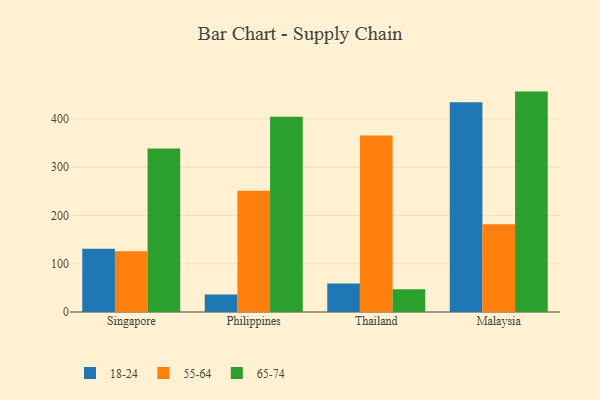
{"axis": {"x": "Country", "y": "Operating Costs (USD K)"}, "legend": ["18-24", "55-64", "65-74"], "data": [{"x": "Singapore", "y": 131.1, "type": "18-24"}, {"x": "Singapore", "y": 125.9, "type": "55-64"}, {"x": "Singapore", "y": 338.7, "type": "65-74"}, {"x": "Philippines", "y": 36.1, "type": "18-24"}, {"x": "Philippines", "y": 251.1, "type": "55-64"}, {"x": "Philippines", "y": 404.5, "type": "65-74"}, {"x": "Thailand", "y": 59.1, "type": "18-24"}, {"x": "Thailand", "y": 365.8, "type": "55-64"}, {"x": "Thailand", "y": 47.0, "type": "65-74"}, {"x": "Malaysia", "y": 434.7, "type": "18-24"}, {"x": "Malaysia", "y": 181.6, "type": "55-64"}, {"x": "Malaysia", "y": 456.7, "type": "65-74"}]}